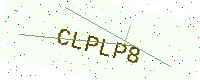
Text: CLPLP8